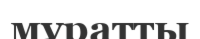
мұратты